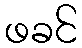
ဖခင်